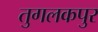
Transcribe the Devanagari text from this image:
तुगलकपुर